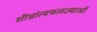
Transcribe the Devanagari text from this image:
शीघ्रांत्यफलज्याओं